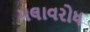
મલાવરોધ